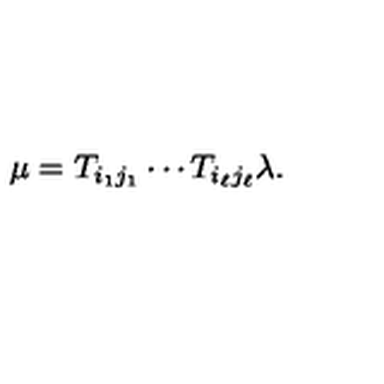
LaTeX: \mu = T _ { i _ { 1 } j _ { 1 } } \cdots T _ { i _ { \ell } j _ { \ell } } \lambda .